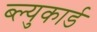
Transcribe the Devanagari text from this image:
ब्ल्युकार्ड